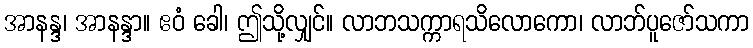
အာနန္ဒ၊ အာနန္ဒာ။ ဧဝံ ခေါ၊ ဤသို့လျှင်။ လာဘသက္ကာရသိလောကော၊ လာဘ်ပူဇော်သကာ